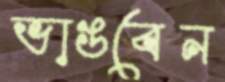
ভাঙবেন